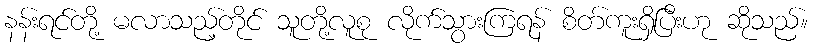
နန်းရင်တို့ မလာသည့်တိုင် သူတို့လူစု လိုက်သွားကြရန် စိတ်ကူးရှိပြီးဟု ဆိုသည်။